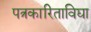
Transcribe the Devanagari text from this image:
पत्रकारिताविद्या